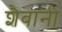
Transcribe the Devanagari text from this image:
शैबानी